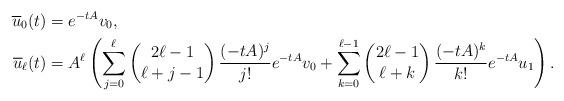
LaTeX: \begin{align*}\overline{u}_0(t)&=e^{-tA}v_0, \\\overline{u}_\ell(t)&=A^\ell\left(\sum_{j=0}^\ell\begin{pmatrix}2\ell-1\\\ell+j-1\end{pmatrix}\frac{(-tA)^j}{j!}e^{-tA}v_0+\sum_{k=0}^{\ell-1}\begin{pmatrix}2\ell-1\\ \ell+k\end{pmatrix}\frac{(-tA)^k}{k!}e^{-tA}u_1\right).\end{align*}